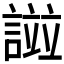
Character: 𧪻